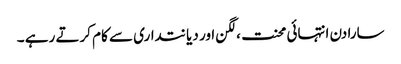
سارا دن انتہائی محنت ،لگن اور دیانتداری سے کام کرتے رہے ۔